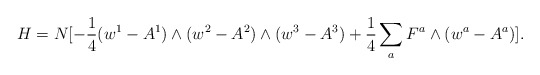
\begin{align*}H = N [-{1\over 4} (w^1 - A^1) \wedge (w^2 - A^2) \wedge (w^3 - A^3) + {1\over 4} \sum_a F^a \wedge (w^a - A^a)].\end{align*}